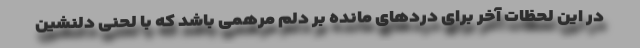
در این لحظات آخر برای دردهای مانده بر دلم مرهمی باشد که با لحنی دلنشین